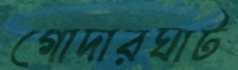
গোদারঘাট